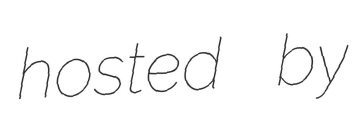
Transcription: hosted by